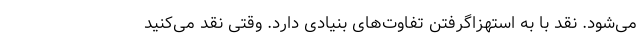
می‌شود. نقد با به استهزا‌گرفتن تفاوت‌های بنیادی دارد. وقتی نقد می‌کنید